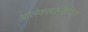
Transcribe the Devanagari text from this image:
आलेक्सान्द्रिविच